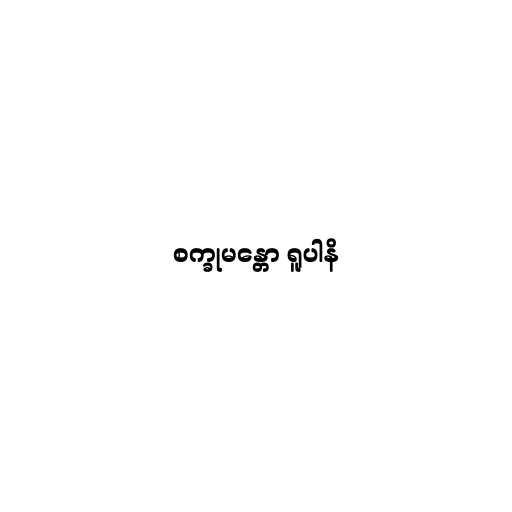
စက္ခုမန္တော ရူပါနိ